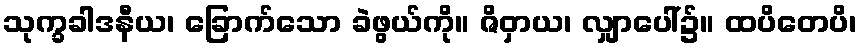
သုက္ခခါဒနီယ၊ ခြောက်သော ခဲဖွယ်ကို။ ဇိဝှာယ၊ လျှာပေါ်၌။ ထပိတေပိ၊